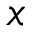
x